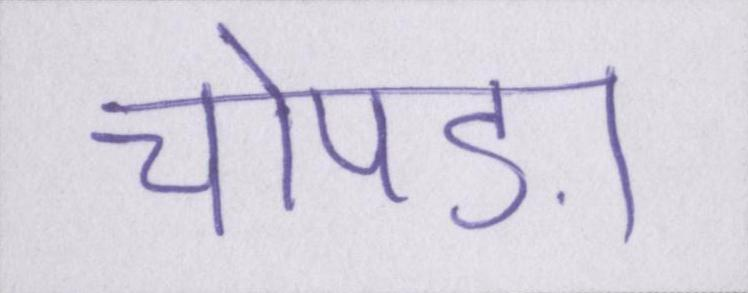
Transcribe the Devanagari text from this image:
चोपड़ा